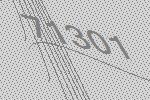
71301